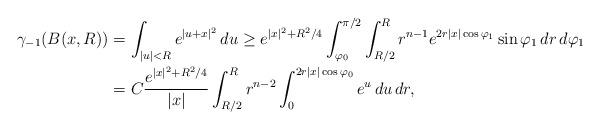
LaTeX: \begin{align*}\gamma_{-1}(B(x,R))& = \int_{|u|<R} e^{|u+x|^2} \, du \geq e^{|x|^2+R^2/4}\int_{\varphi_0}^{\pi/2} \int_{R/2}^R r^{n-1} e^{2r|x|\cos \varphi_1}\sin \varphi_1 \, dr \, d\varphi_1 \\& = C\frac{e^{|x|^2+R^2/4} }{|x|}\int_{R/2}^R r^{n-2} \int_0^{2r|x|\cos \varphi_0} e^u \, du \, dr,\end{align*}